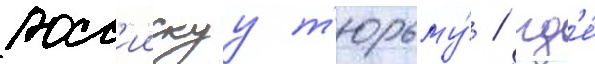
росс'иискуу т'юрьму́ / гд'е́